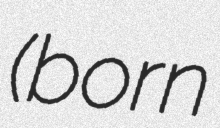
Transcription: (born